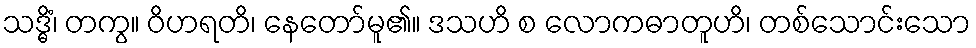
သဒ္ဓိံ၊ တကွ။ ဝိဟရတိ၊ နေတော်မူ၏။ ဒသဟိ စ လောကဓာတူဟိ၊ တစ်သောင်းသော